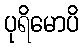
ပုရိမောပိ